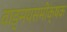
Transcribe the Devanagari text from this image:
वाङ्मयसमीक्षक